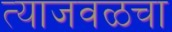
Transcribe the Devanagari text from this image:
त्याजवळचा